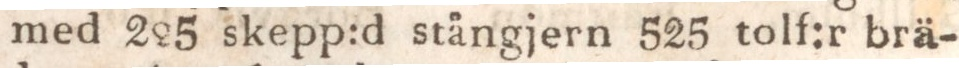
med 225 skepp:d stångjern 525 tolf:r brä-